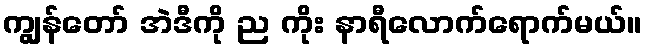
ကျွန်တော် အဲဒီကို ည ကိုး နာရီလောက်ရောက်မယ်။